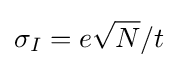
\sigma _{I}=e{\sqrt {N}}/t